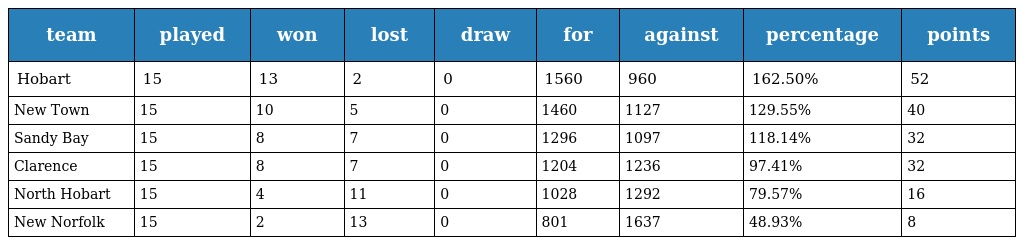
| team | played | won | lost | draw | for | against | percentage | points |
 | --- | --- | --- | --- | --- | --- | --- | --- | --- |
 | Hobart | 15 | 13 | 2 | 0 | 1560 | 960 | 162.50% | 52 |
 | New Town | 15 | 10 | 5 | 0 | 1460 | 1127 | 129.55% | 40 |
 | Sandy Bay | 15 | 8 | 7 | 0 | 1296 | 1097 | 118.14% | 32 |
 | Clarence | 15 | 8 | 7 | 0 | 1204 | 1236 | 97.41% | 32 |
 | North Hobart | 15 | 4 | 11 | 0 | 1028 | 1292 | 79.57% | 16 |
 | New Norfolk | 15 | 2 | 13 | 0 | 801 | 1637 | 48.93% | 8 |